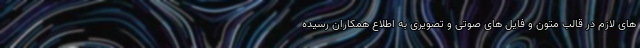
های لازم در قالب متون و فایل های صوتی و تصویری به اطلاع همکاران رسیده